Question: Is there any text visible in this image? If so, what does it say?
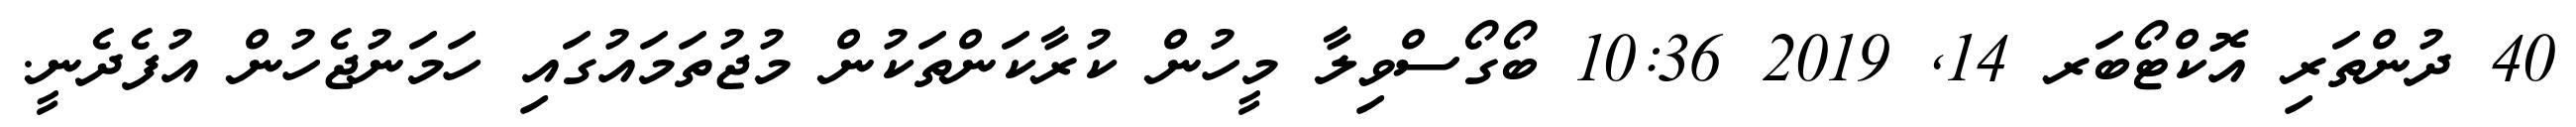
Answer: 40 ދުންތަރި އޮކްޓޯބަރ 14, 2019 10:36 ބޯގޯސްވިލާ މީހުން ކުރާކަންތަކުން މުޖުތަމައުގައި ހަމަނުޖެހުން އުފެދެނީ.